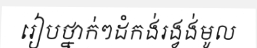
រៀបថ្នាក់ៗដំកង់រង្វង់មូល